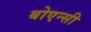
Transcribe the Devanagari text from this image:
बोएन्सी